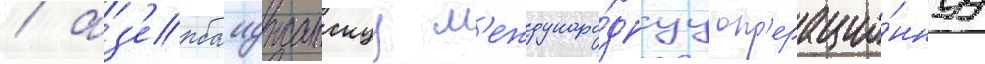
/ аз'ербаиджанскуу м'еждунаро́днуу оп'ерацио́ннуу